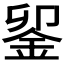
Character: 𨥫